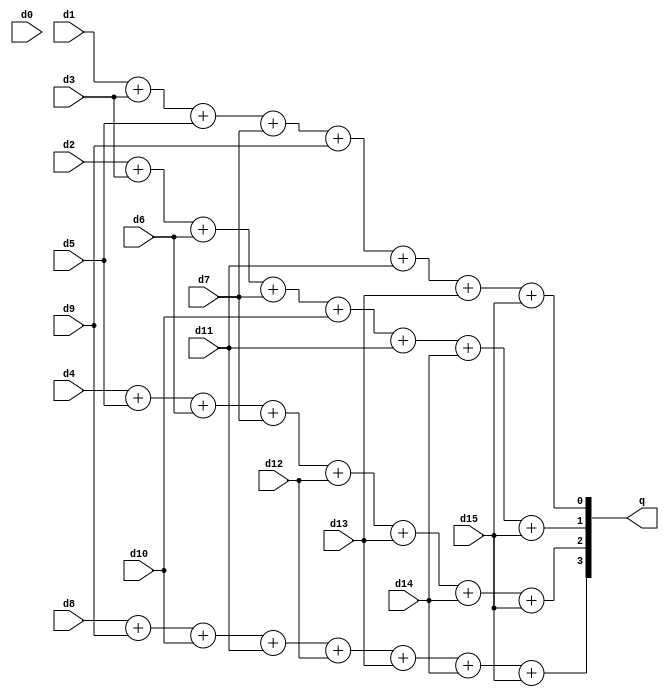
module part22(d0, d1, d2, d3, d4, d5, d6, d7, d8, d9, d10, d11, d12, d13, d14, d15, q);

input d0, d1, d2, d3, d4, d5, d6, d7, d8, d9, d10, d11, d12, d13, d14, d15;
output [3:0] q;

assign q[0] = d1 + d3 + d5 + d7 + d9 + d11 + d13 + d15;
assign q[1] = d2 + d3 + d6 + d7 + d10 + d11 + d14 + d15;
assign q[2] = d4 + d5 + d6 + d7 + d12 + d13 + d14 + d15;
assign q[3] = d8 + d9 + d10 + d11 + d12 + d13 + d14 + d15;

endmodule